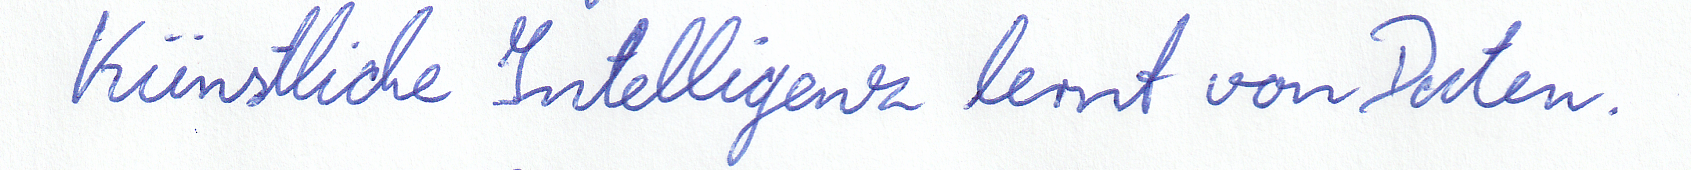
Künstliche Intelligenz lernt von Daten.